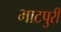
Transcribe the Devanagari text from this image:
भाटपुरी